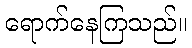
ရောက်နေကြသည်။